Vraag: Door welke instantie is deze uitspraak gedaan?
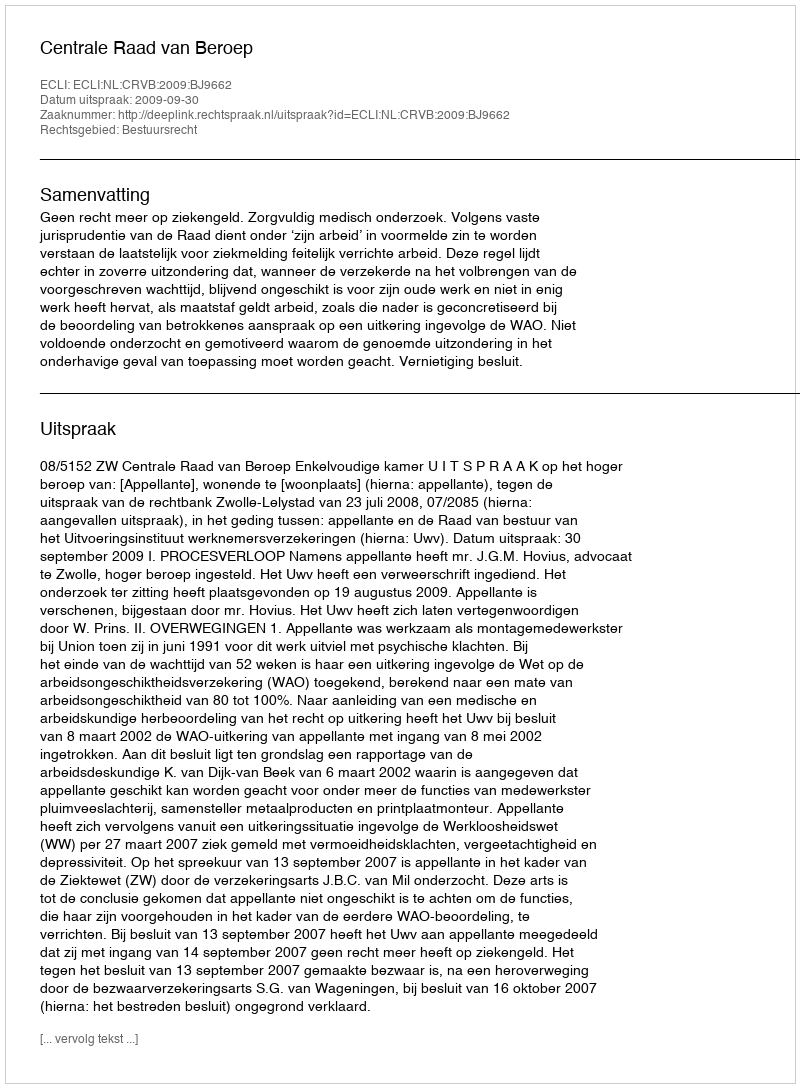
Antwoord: Centrale Raad van Beroep